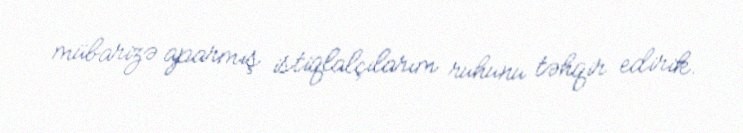
mübarizə aparmış istiqlalçılarım ruhunu təhqir edirik.